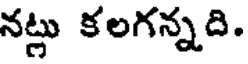
నట్లు కలగన్నది.